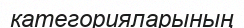
категорияларының